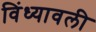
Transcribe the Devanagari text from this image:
विंध्यावली